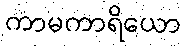
ကာမကာရိယော